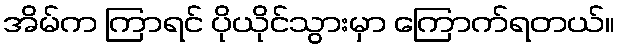
အိမ်က ကြာရင် ပိုယိုင်သွားမှာ ကြောက်ရတယ်။